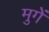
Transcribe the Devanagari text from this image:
मुगें